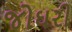
જોઘરી